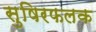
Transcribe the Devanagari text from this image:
सुषिरफलक